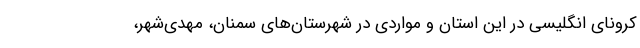
کرونای انگلیسی در این استان و مواردی در شهرستان‌های سمنان، مهدی‌شهر،